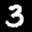
Label: 3